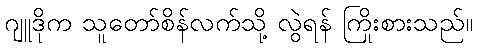
ဂျူဒိုက သူတော်စိန်လက်သို့ လွဲရန် ကြိုးစားသည်။